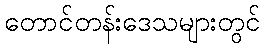
တောင်တန်းဒေသများတွင်